Civil Veterinary Dept. Bombay admin report 1907-1913 - 1907-1913
Year: 1907
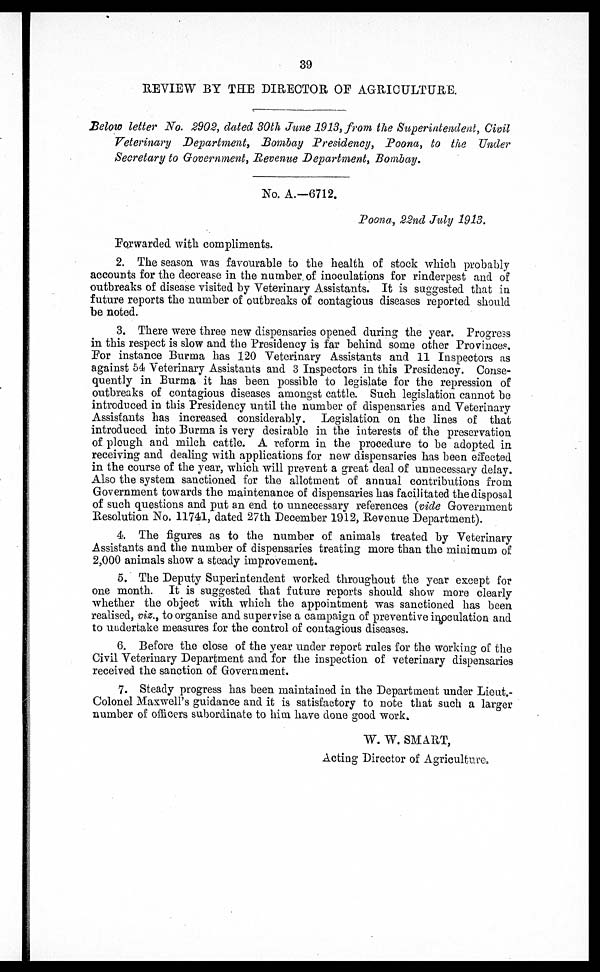
39
REVIEW BY THE DIRECTOR OF AGRICULTURE.
Below letter No. 2902, dated 30th June 1913, from the Superintendent, Civil
Veterinary Department, Bombay Presidency, Poona, to the Under
Secretary to Government, Revenue Department, Bombay.
No. A.-6712.
Poona, 22nd July 1913.
Forwarded with compliments.
2. The season was favourable to the health of stock which probably
accounts for the decrease in the number of inoculations for rinderpest and of
outbreaks of disease visited by Veterinary Assistants. It is suggested that in
future reports the number of outbreaks of contagious diseases reported should
be noted.
3. There were three new dispensaries opened during the year. Progress
in this respect is slow and the Presidency is far behind some other Provinces.
For instance Burma has 120 Veterinary Assistants and 11 Inspectors as
against 54 Veterinary Assistants and 3 Inspectors in this Presidency. Conse-
quently in Burma it has been possible to legislate for the repression of
outbreaks of contagious diseases amongst cattle. Such legislation cannot be
introduced in this Presidency until the number of dispensaries and Veterinary
Assistants has increased considerably. Legislation on the lines of that
introduced into Burma is very desirable in the interests of the preservation
of plough and milch cattle. A reform in the procedure to be adopted in
receiving and dealing with applications for new dispensaries has been effected
in the course of the year, which will prevent a great deal of unnecessary delay.
Also the system sanctioned for the allotment of annual contributions from
Government towards the maintenance of dispensaries has facilitated the disposal
of such questions and put an end to unnecessary references (vide Government
Resolution No. 11741, dated 27th December 1912, Revenue Department).
4 The figures as to the number of animals treated by Veterinary
Assistants and the number of dispensaries treating more than the minimum of
2,000 animals show a steady improvement.
5. The Deputy Superintendent worked throughout the year except for
one month. It is suggested that future reports should show more clearly
whether the object with which the appointment was sanctioned has been
realised, viz., to organise and supervise a campaign of preventive inoculation and
to undertake measures for the control of contagious diseases.
6. Before the close of the year under report rules for the working of the
Civil Veterinary Department and for the inspection of veterinary dispensaries
received the sanction of Government.
7. Steady progress has been maintained in the Department under Lieut.-
Colonel Maxwell's guidance and it is satisfactory to note that such a larger
number of officers subordinate to him have done good work.
W. W. SMART,
Acting Director of Agriculture.